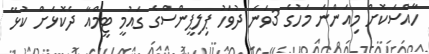
ހާއްސަކޮށް މިއަންނަ މަހުގެ 3ވަނަ ދުވަހު ޕިލިޕީންސްގެ ގައުމީ ޓީމްއާ ދެކޮޅަށް ކުޅޭ